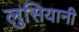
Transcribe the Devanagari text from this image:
लुसियानी